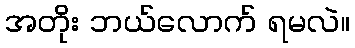
အတိုး ဘယ်လောက် ရမလဲ။